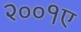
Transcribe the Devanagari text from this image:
२००१ए